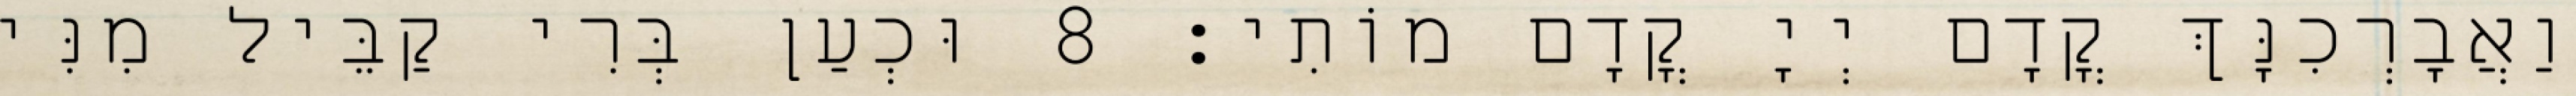
וַאֲבָרְכִנָּךְ קֳדָם יְיָ קֳדָם מוֹתִי׃ 8 וּכְעַן בְּרִי קַבֵּיל מִנִּי